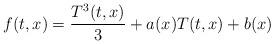
LaTeX: \begin{align*} f(t,x) = \frac{T^3(t,x)}{3} + a(x)T(t,x) + b(x)\end{align*}